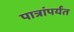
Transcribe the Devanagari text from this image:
पात्रांपर्यंत